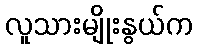
လူသားမျိုးနွယ်က